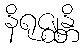
နိရုဇ္ဈန္တိ